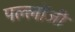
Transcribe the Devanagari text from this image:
पल्लोंजी